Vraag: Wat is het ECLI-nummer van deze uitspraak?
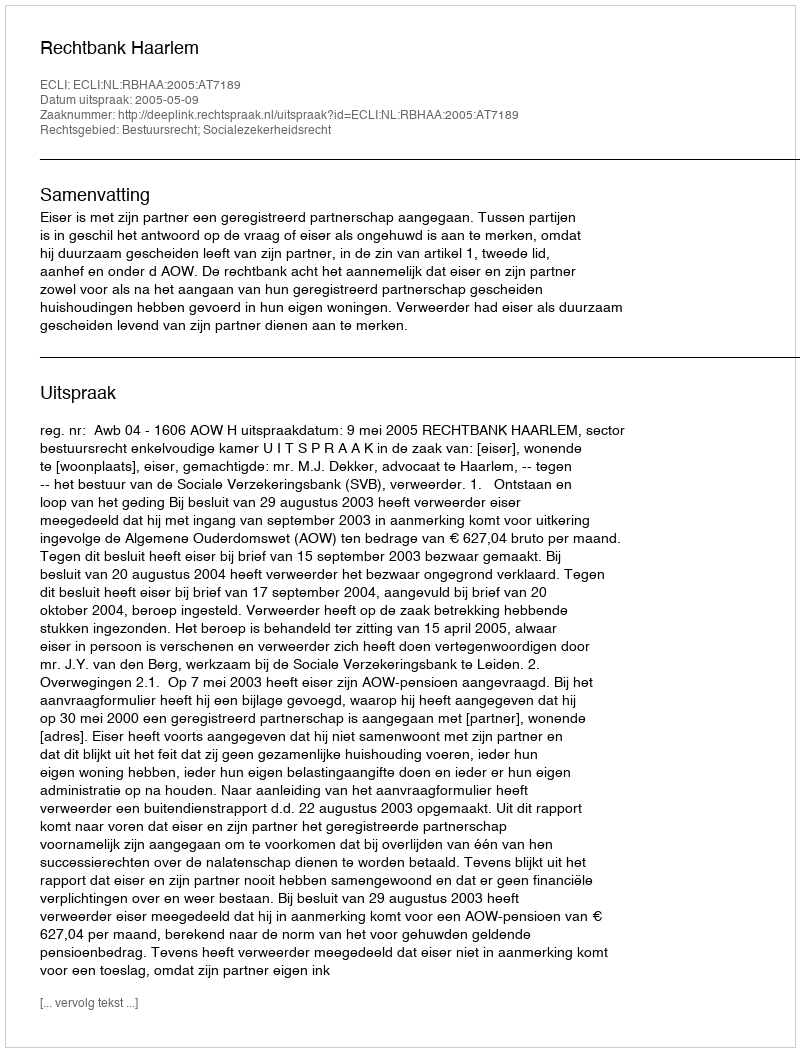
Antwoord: ECLI:NL:RBHAA:2005:AT7189